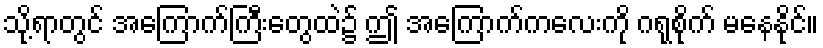
သို့ရာတွင် အကြောက်ကြီးတွေထဲ၌ ဤ အကြောက်ကလေးကို ဂရုစိုက် မနေနိုင်။